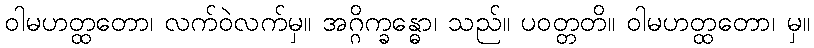
ဝါမဟတ္ထတော၊ လက်ဝဲလက်မှ။ အဂ္ဂိက္ခန္ဓော၊ သည်။ ပဝတ္တတိ။ ဝါမဟတ္ထတော၊ မှ။